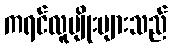
ကရင်လူမျိုးများသည်